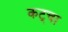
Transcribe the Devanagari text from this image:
कट्चा